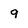
Character: g